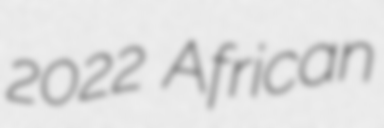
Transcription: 2022 African